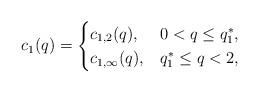
LaTeX: \begin{align*}c_1(q) = \begin{cases} c_{1,2}(q), & 0 < q \leq q_1^*, \\ c_{1,\infty}(q), & q_1^* \leq q < 2, \end{cases}\end{align*}